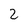
Character: 2